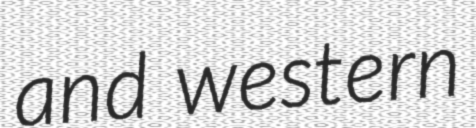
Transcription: and western